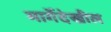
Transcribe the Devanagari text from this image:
मार्गेदेखील